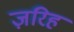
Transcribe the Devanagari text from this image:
ज़रिह